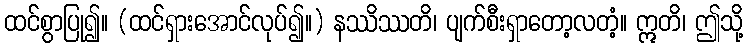
ထင်စွာပြု၍။ (ထင်ရှားအောင်လုပ်၍။) နဿိဿတိ၊ ပျက်စီးရှာတော့လတံ့။ ဣတိ၊ ဤသို့